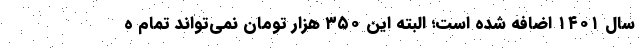
سال ۱۴۰۱ اضافه شده است؛ البته این ۳۵۰ هزار تومان نمی‌تواند تمام ه